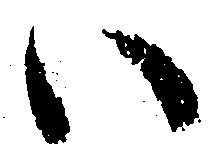
い